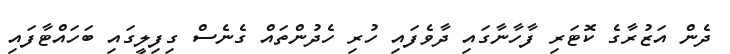
ދެން އަޒުރާގެ ކޮޓަރި ފާހާނާގައި ދާވެފައި ހުރި ހެދުންތައް ގެނެސް ގިފިލީގައި ބަހައްޓާފައި